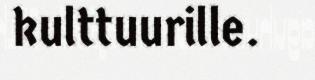
kulttuurille.